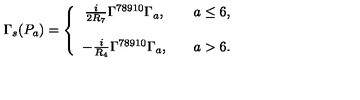
\Gamma _ { s } ( P _ { a } ) = \left\{ \begin{array} { c c c } { \frac { i } { 2 R _ { 7 } } \Gamma ^ { 7 8 9 1 0 } \Gamma _ { a } , } & { } & { a \leq 6 , } \\ { } & { } & { } \\ { - \frac { i } { R _ { 4 } } \Gamma ^ { 7 8 9 1 0 } \Gamma _ { a } , } & { } & { a > 6 . } \\ \end{array} \right.